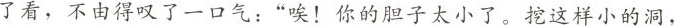
了看，不由得叹了一口气：”唉！你的胆子太小了。挖这样小的洞，